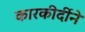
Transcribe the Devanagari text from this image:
कारकीर्दीने